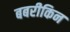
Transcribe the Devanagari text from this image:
बबरीकिन